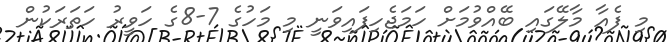
މި ފެއާ މާލޭގައި ބޭއްވުމަށް ހަމަޖެހިފައިވަނީ މި މަހުގެ 7-8ގެ ހަވީރު ހަތަރަކުން